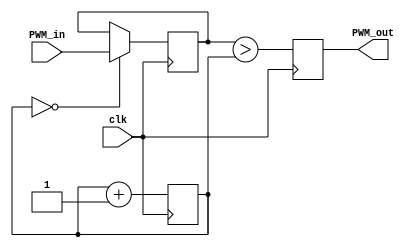
//Created by Higuoxing@outlook.com
//Have fun :)

`timescale 1ns / 1ps

module PWM_gen( 
	input clk,
	input [10:0] PWM_in, 
	output reg PWM_out
);

	reg [10:0]new_pwm=0;
	reg [10:0] PWM_ramp=0; 

	always @ (posedge clk) begin
		if (PWM_ramp==0)new_pwm<=PWM_in;
				PWM_ramp <= PWM_ramp + 1'b1;
	    PWM_out<=(new_pwm>PWM_ramp);
	end

endmodule